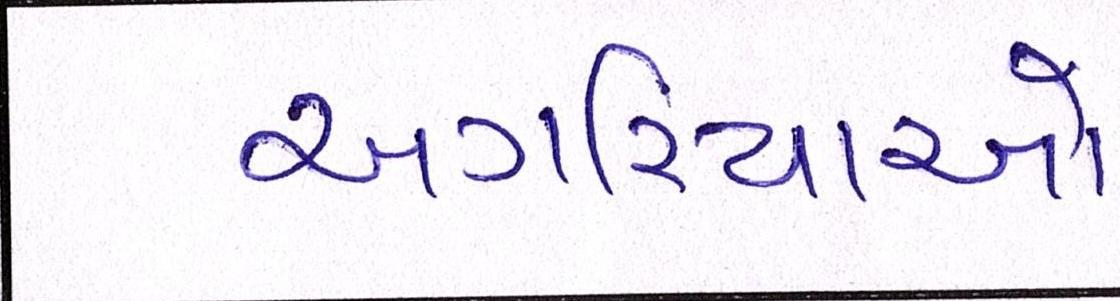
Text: અગરિયાઓ